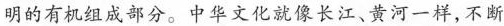
明的有机组成部分。中华文化就像长江、黄河一样，不断